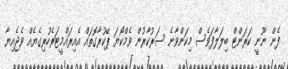
ފެން ނޫނީ ކަރަންޓް ބިލަލާފަވެސް މިކަންވާނެ ސަރުކާރުން ވެމްކޯޔަ ޕޭކުރާގޮތައް އެއިރައްމީޓަރެހުރިގެޔެއް ވެޖެއިޔާ